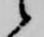
候